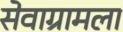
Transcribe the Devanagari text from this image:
सेवाग्रामला